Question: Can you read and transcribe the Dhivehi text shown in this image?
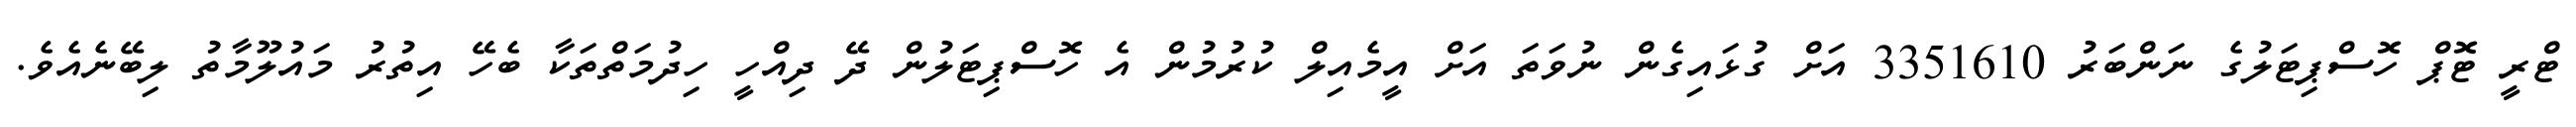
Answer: ޓްރީ ޓޮޕް ހޮސްޕިޓަލުގެ ނަންބަރު 3351610 އަށް ގުޅައިގެން ނުވަތަ އަށް އީމެއިލް ކުރުމުން އެ ހޮސްޕިޓަލުން ދޭ ދިއްހީ ހިދުމަތްތަކާ ބެހޭ އިތުރު މައުލޫމާތު ލިބޭނެއެވެ.